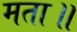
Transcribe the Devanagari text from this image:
मता॥